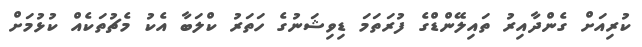
ކުރިއަށް ގެންދާއިރު ތައިލޭންޑްގެ ފުރަތަމަ ޑިވިޝަނުގެ ހަތަރު ކްލަބާ އެކު މެޗުތަކެއް ކުޅުމަށް